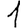
Digit: 1